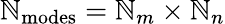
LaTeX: \mathbb{N}_{\mathrm{{modes}}}=\mathbb{N}_{m}\times\mathbb{N}_{n}